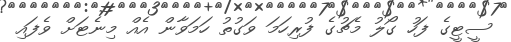
ސީޓީގެ ފަހު ގޯލު މެޗުގެ ފުރިހަމަ ވަގުތު ހަމަވާން އެއް މިނެޓަށް ވެފައި